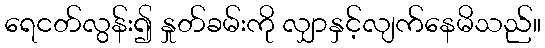
ရေငတ်လွန်း၍ နှုတ်ခမ်းကို လျှာနှင့်လျက်နေမိသည်။